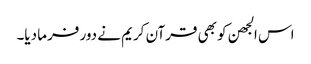
اس الجھن کو بھی قرآن کریم نے دور فرما دیا۔